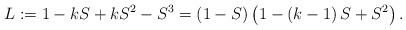
LaTeX: \begin{align*} L := 1 - k S + k S^2 - S^3 = \left( 1 - S \right) \left( 1 - \left( k - 1 \right) S + S^2 \right) . \end{align*}